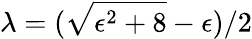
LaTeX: \lambda=(\sqrt{\epsilon^{2}+8}-\epsilon)/2